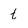
Character: t